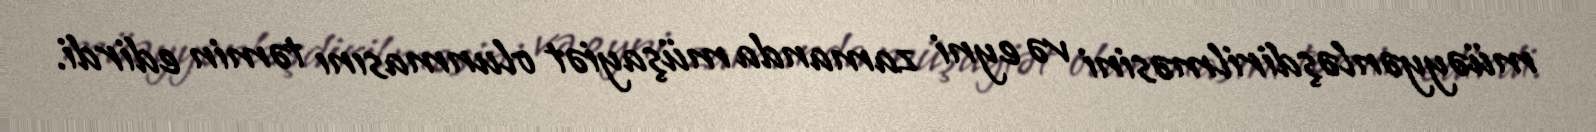
müəyyənləşdirilməsini və eyni zamanda müşayiət olunmasını təmin edirdi.